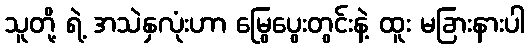
သူတို့ ရဲ့ အသဲနှလုံးဟာ မြွေပွေးတွင်းနဲ့ ထူး မခြားနားပါ